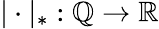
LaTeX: |\cdot|_{*}:\mathbb{Q}\to\mathbb{R}